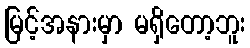
မြင့်အနားမှာ မရှိတော့ဘူး